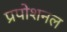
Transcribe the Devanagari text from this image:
प्रपोशनल